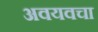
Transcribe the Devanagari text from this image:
अवयवचा